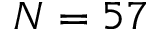
N = 5 7